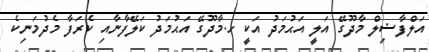
އަލްފާޟިލް މާދޫގޭ އަލީ އަޙުމަދު އަކީ ހ.މާދޫގޭ އަޙުމަދު ކަލޭފާނާއި ކެރަފާ މެދުމަނިކެ